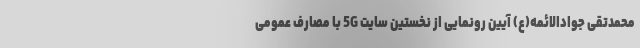
محمدتقی جوادالائمه(ع) آیین رونمایی از نخستین سایت 5G با مصارف عمومی